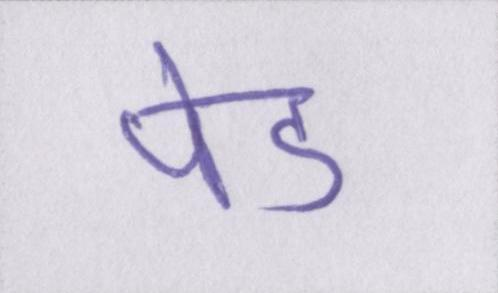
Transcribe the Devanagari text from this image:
पेड